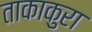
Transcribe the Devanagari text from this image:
ताकाकुरा